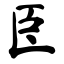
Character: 臣